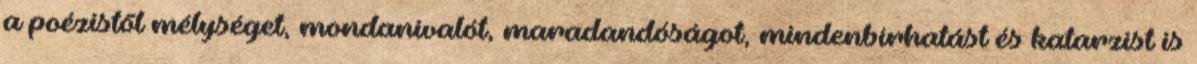
a poézistől mélységet, mondanivalót, maradandóságot, mindenbírhatást és katarzist is